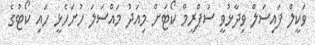
ވަކީލް ފައިސަލް ވިދާޅުވީ ސުޕްރީމް ކޯޓަށް މިއަދު މައްސަލަ ހުށަހެޅީ ހައި ކޯޓުގެ